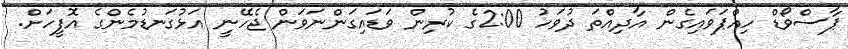
ޕާސްވޯޑް ހިއްޕަވައިގެން އާދިއްތަ ދުވަހު 2:00ގެ ކުރިން ވަޑައިގަންނަވަން ޖެހޭނީ އަޅުގަނޑުމެންގެ އޮފީހަށް.